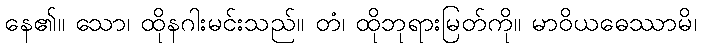
နေ၏။ သော၊ ထိုနဂါးမင်းသည်။ တံ၊ ထိုဘုရားမြတ်ကို။ မာဝိယဓေဿာမိ၊